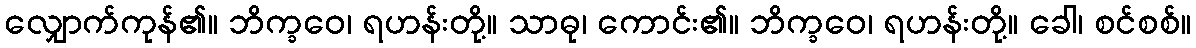
လျှောက်ကုန်၏။ ဘိက္ခဝေ၊ ရဟန်းတို့။ သာဓု၊ ကောင်း၏။ ဘိက္ခဝေ၊ ရဟန်းတို့။ ခေါ၊ စင်စစ်။